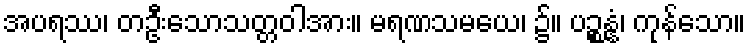
အပရဿ၊ တဦးသောသတ္တဝါအား။ မရဏသမယေ၊ ၌။ ပဉ္စန္နံ၊ ကုန်သော။